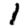
Digit: 1